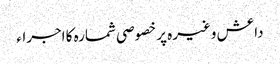
داعش وغیرہ پر خصوصی شمارہ کا اجراء